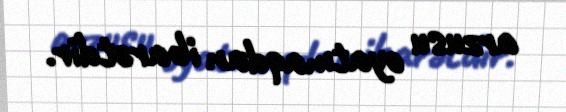
arzusu oyatmaqdan ibarətdir.